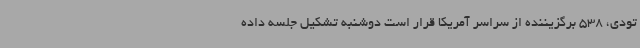
تودی، 538 برگزیننده از سراسر آمریکا قرار است دوشنبه تشکیل جلسه داده